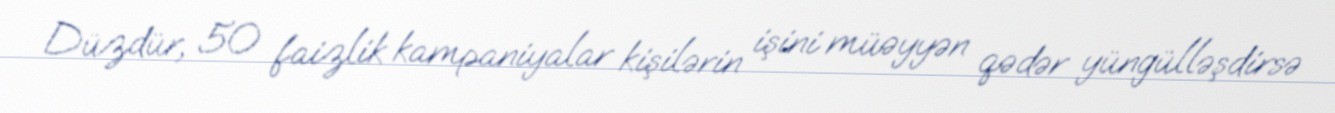
Düzdür, 50 faizlik kampaniyalar kişilərin işini müəyyən qədər yüngülləşdirsə